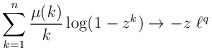
LaTeX: \begin{align*} \sum_{k=1}^n \frac{\mu(k)}{k} \log(1-z^k) \to -z \ \ell^q \end{align*}